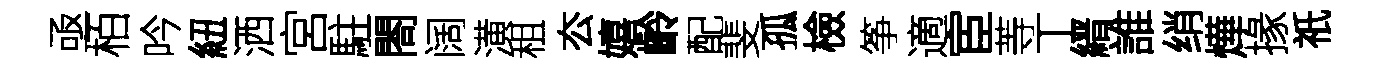
亟栢吟紐洒宮駐閤阔潢租厺嬉齡配斐孤檢筝適宦䓁丅縉誰绡燁掾祇